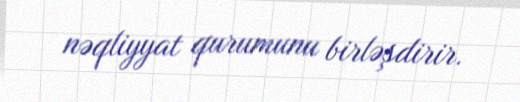
nəqliyyat qurumunu birləşdirir.